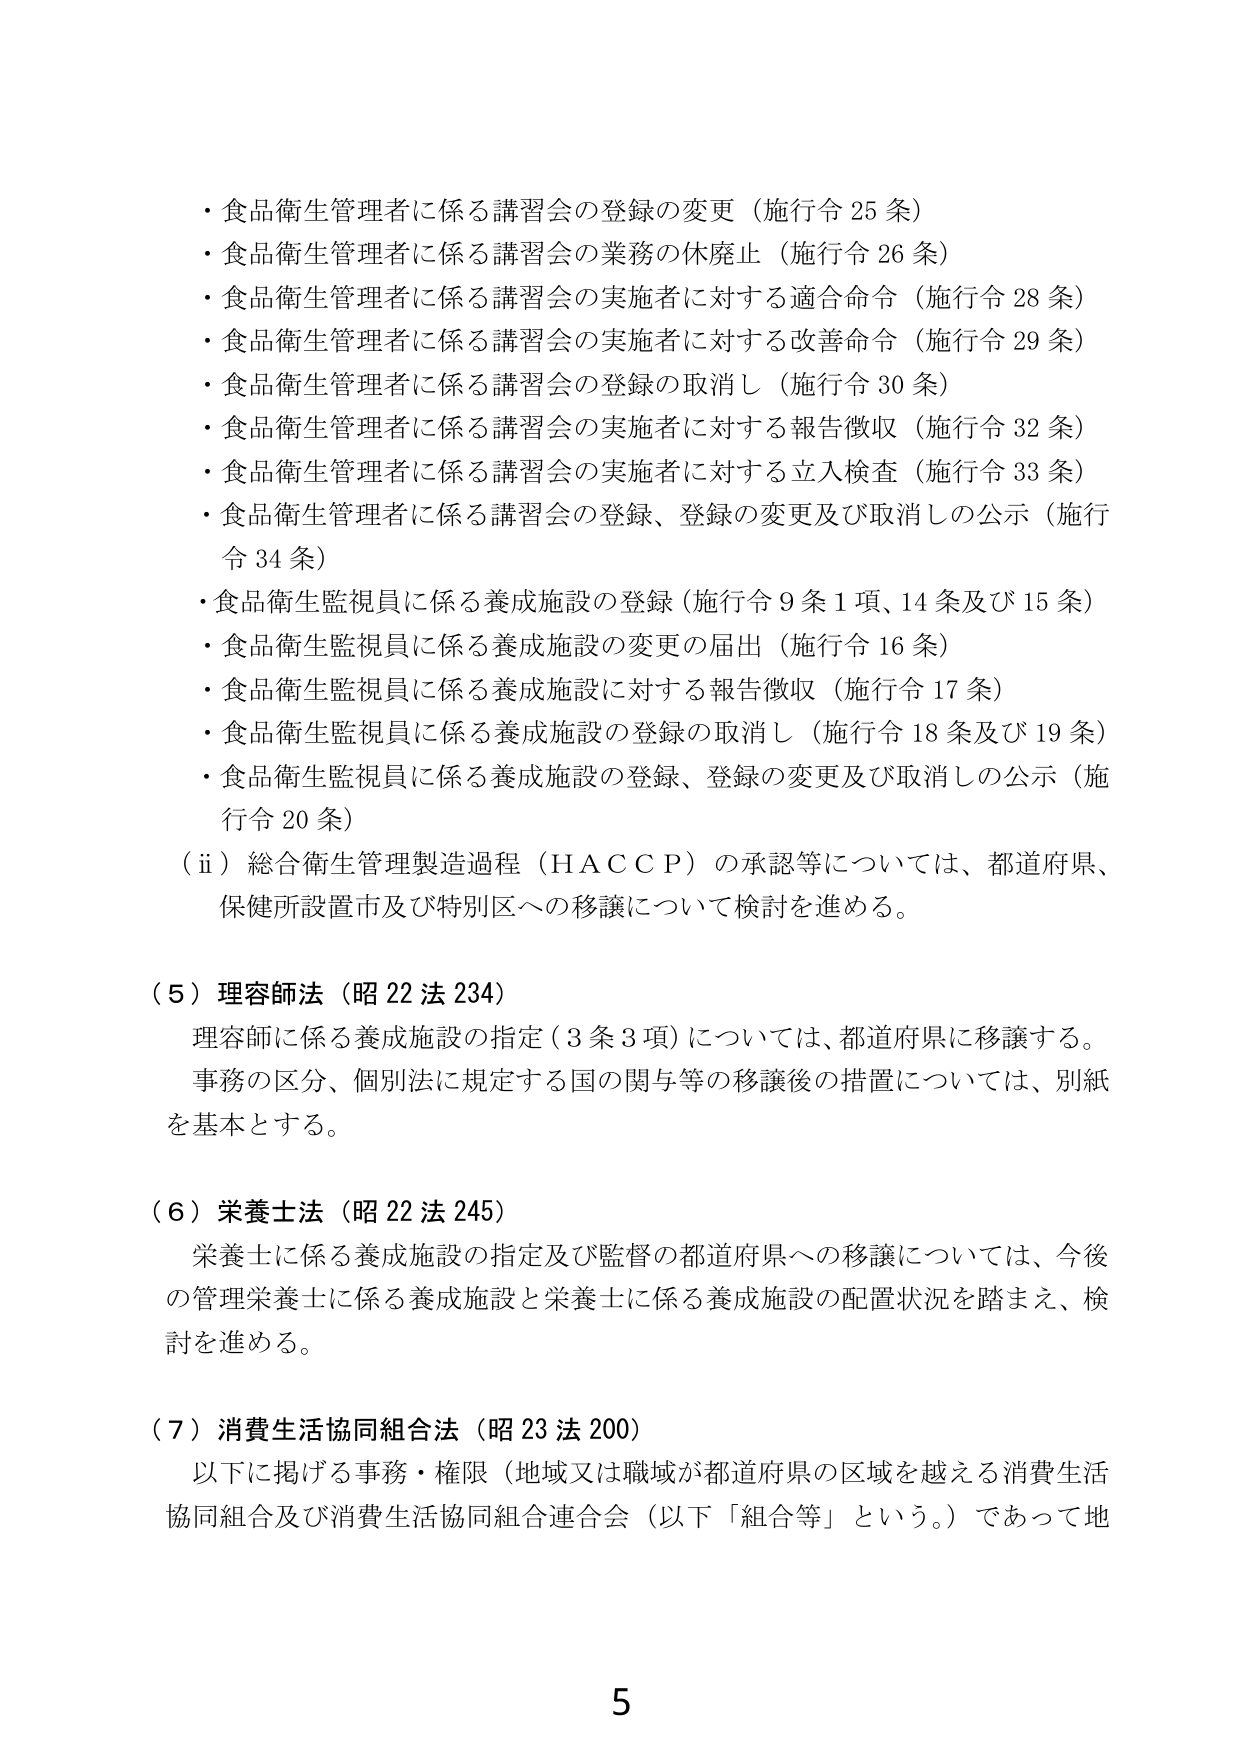
・食品衛生管理者に係る講習会の登録の変更（施行令25条）
・食品衛生管理者に係る講習会の業務の休廃止（施行令26条）
・食品衛生管理者に係る講習会の実施者に対する適命命令（施行令28条）
・食品衛生管理者に係る講習会の実施者に対する改善命令（施行令29条）
・食品衛生管理者に係る講習会の登録の取消し（施行令30条）
・食品衛生管理者に係る講習会の実施者に対する報告徴収（施行令32条）
・食品衛生管理者に係る講習会の実施者に対する立入検査（施行令33条）
・食品衛生管理者に係る講習会の登録、登録の変更及び取消しの公示（施行令34条）
・食品衛生監視員に係る養成施設の登録（施行令9条1項、14条及び15条）
・食品衛生監視員に係る養成施設の変更の届出（施行令16条）
・食品衛生監視員に係る養成施設に対する報告徴収（施行令17条）
・食品衛生監視員に係る養成施設の登録の取消し（施行令18条及び19条）
・食品衛生監視員に係る養成施設の登録、登録の変更及び取消しの公示（施行令20条）
（ⅱ）総合衛生管理製造過程（ＨＡＣＣＰ）の承認等については、都道府県、保健所設置市及び特別区への移譲について検討を進める。

（５）理容師法（昭22法234）
理容師に係る養成施設の指定（3条3項）については、都道府県に移譲する。
事務の区分、個別法に規定する国の関与等の移譲後の措置については、別紙を基本とする。

（６）栄養士法（昭22法245）
栄養士に係る養成施設の指定及び監督の都道府県への移譲については、今後の管理栄養士に係る養成施設と栄養士に係る養成施設の配置状況を踏まえ、検討を進める。

（７）消費生活協同組合法（昭23法200）
以下に掲げる事務・権限（地域又は職域が都道府県の区域を越える消費生活協同組合及び消費生活協同組合連合会（以下「組合等」という。）であって地

5